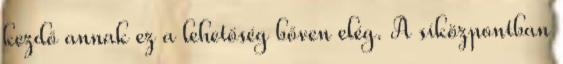
kezdő annak ez a lehetőség bőven elég. A síközpontban